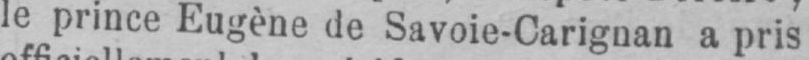
le prince Eugène de Savoie-Carignan a pris